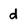
Character: d